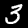
Digit: 3